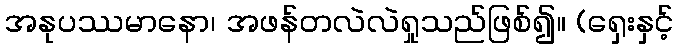
အနုပဿမာနော၊ အဖန်တလဲလဲရှုသည်ဖြစ်၍။ (ရှေးနှင့်